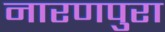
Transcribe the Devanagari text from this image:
नारणपुरा